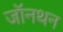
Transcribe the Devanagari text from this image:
जॉनथन